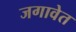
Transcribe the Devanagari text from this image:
जगावेत